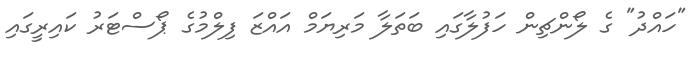
"ހައްދު" ގެ ލޯންޗިން ހަފުލާގައި ބަތަލާ މަރިޔަމް އައްޒަ ފިލްމުގެ ޕޯސްޓަރު ކައިރީގައި